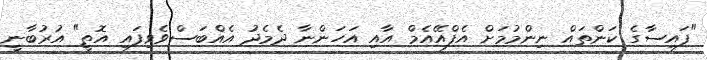
"ފައިސާގެ ކަންތައް ނިންމުމަށް އެފްއޭއެމް އާއި އަހަންނާ ދެމެދު އެއްބަސްވެވިފައި އޮތީ" އުރުބާނީ